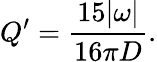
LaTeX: Q^{\prime}=\frac{15|\omega|}{16\pi D}.